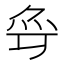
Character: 𱪶